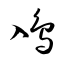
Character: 鳰